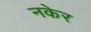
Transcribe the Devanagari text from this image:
नकेर